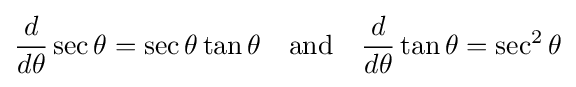
{\frac {d}{d\theta }}\sec \theta =\sec \theta \tan \theta \quad {\text{and}}\quad {\frac {d}{d\theta }}\tan \theta =\sec ^{2}\theta